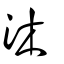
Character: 沐